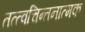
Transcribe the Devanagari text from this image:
तत्त्वचिन्तनात्मक